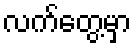
လက်တွေ့မှာ